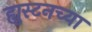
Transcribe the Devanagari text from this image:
ह्युस्टनच्या